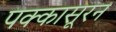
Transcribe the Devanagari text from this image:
पक्कासूरन